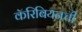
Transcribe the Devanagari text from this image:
कॅरिबियनची